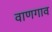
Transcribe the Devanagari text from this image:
वाणगाव